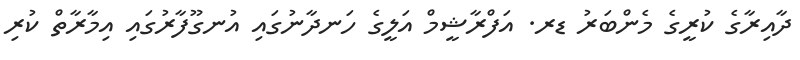
ދާއިރާގެ ކުރީގެ މެންބަރު ޑރ. އަފްރާޝީމް އަލީގެ ހަނދާނުގައި އުނގޫފާރުގައި އިމާރާތް ކުރި